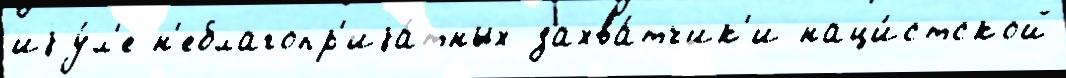
иjу́л'е н'еблагопр'иjа́тных захва́тчик'и наци́стской